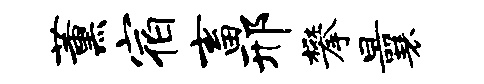
薰宿畜邢攀曩